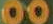
00